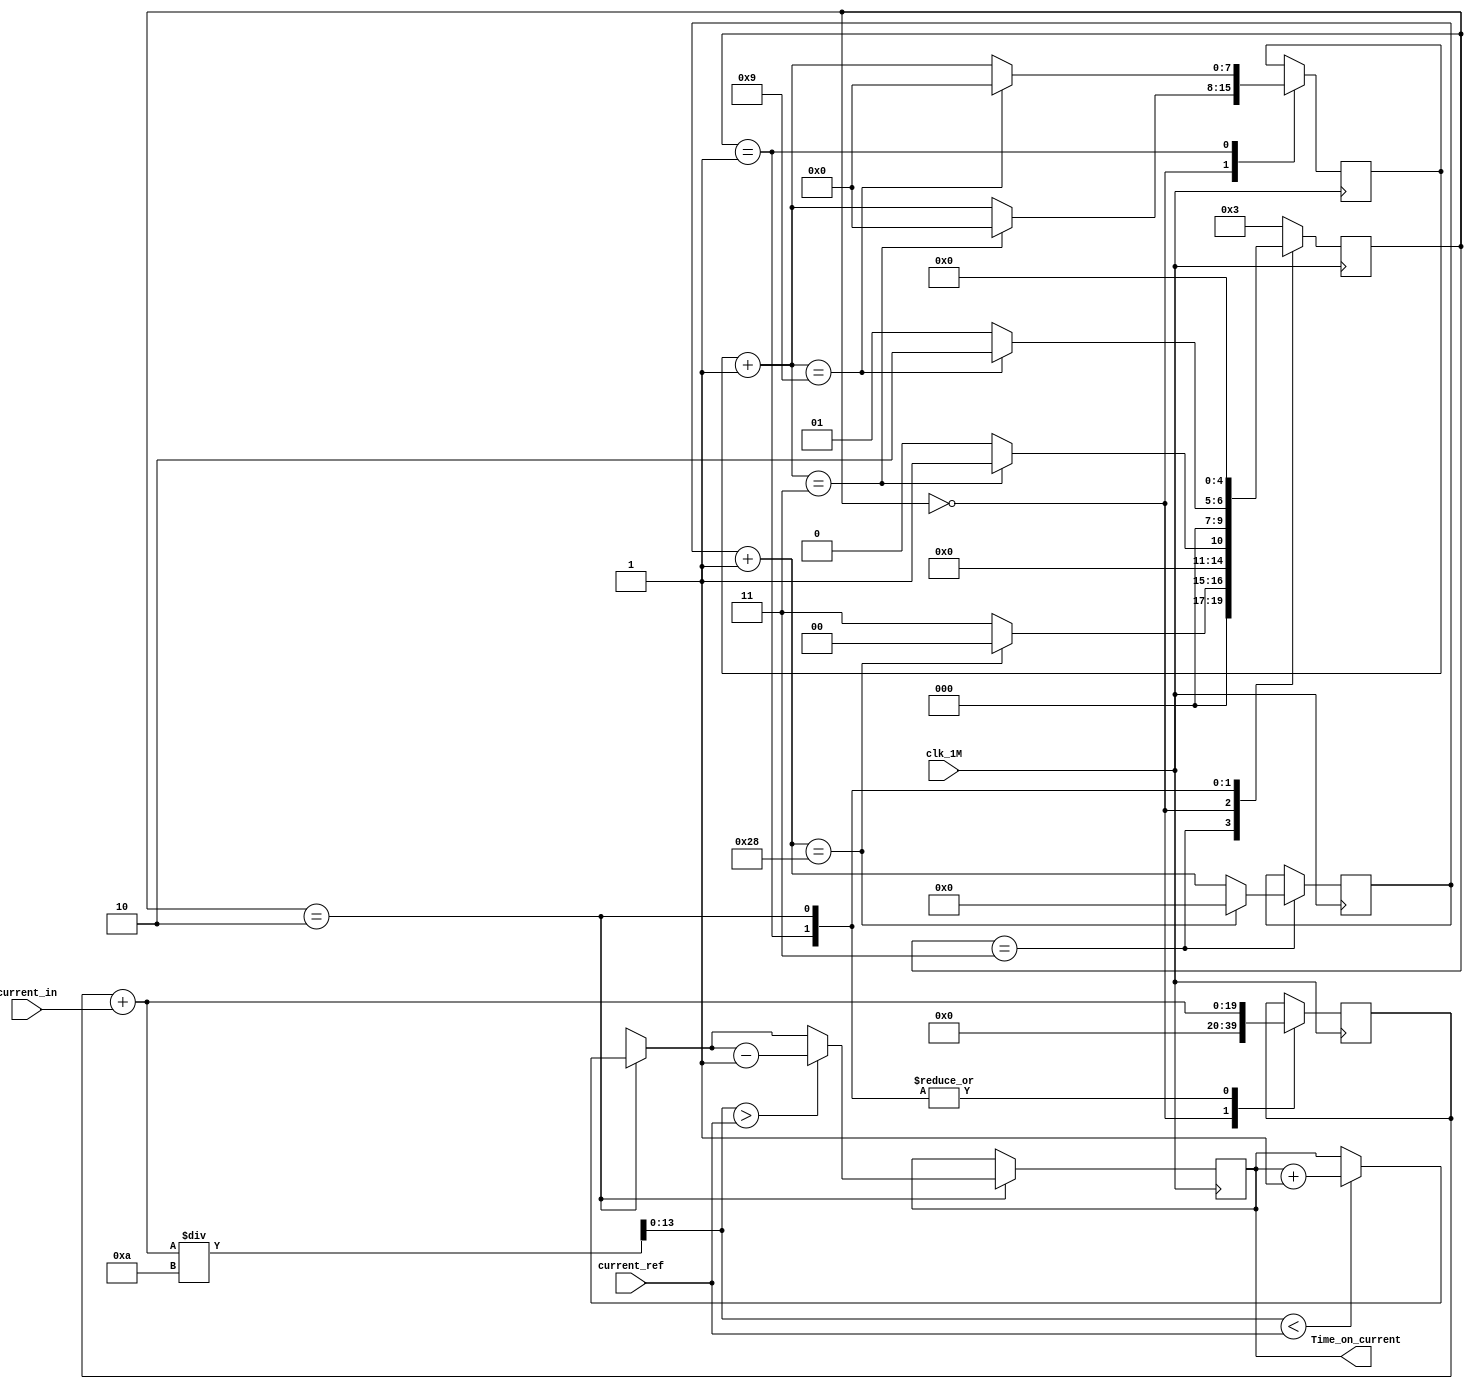
module average_fliter_current(clk_1M,current_in,current_ref,Time_on_current);
//I/O part
input clk_1M;
input [13:0]current_in;
input [13:0]current_ref;
output reg [9:0] Time_on_current=10'd115;
//
reg [4:0] state=5'b11;
reg [7:0] counter=8'b0;
reg [15:0] counter_waiting=16'b0;
//
reg [19:0] current_sum=16'b0;
reg [13:0] current_ave;
//parameter
parameter idle=5'b00;  
parameter record_current_out=5'b01;
parameter deter_change_PWM=5'b10;
parameter waiting=5'b11;  

always @(posedge clk_1M )
	begin
       case(state)
       waiting:                                          // we do not change the PWM until it get closed to the c
       begin
               counter_waiting=counter_waiting+1'b1;
              if(counter_waiting==15'd40)
                begin 
                 counter_waiting=8'b0;    
                state<=idle;
                end
                else 
                state<=waiting;
       end
       idle:                            //initial the data and skip the possible error data
            begin
                current_sum=16'b0;
                counter=counter+1'b1;
                if(counter==8'd3)
                begin 
                 counter=8'b0;    
                state<=record_current_out;
                end
                else 
                state<=idle;
            end
       record_current_out:
       begin
            current_sum=current_sum+current_in;
           counter=counter+1'b1;
                if(counter==8'd9)
                begin 
                 counter=8'b0;    
                state<=deter_change_PWM;
                end
                else 
                state<=record_current_out;
       end     
       deter_change_PWM:
       begin
            current_sum=current_sum+current_in;
            current_ave=current_sum/10;
            if(current_ave<current_ref)
              begin
                  Time_on_current=Time_on_current+1'b1;
              end
            if(current_ave>current_ref)  
              begin
                   Time_on_current=Time_on_current-1'b1;
              end
            if(current_ave==current_ref)  
              begin
                  Time_on_current=Time_on_current;
              end
       state<=idle;
       end
       default:state<=waiting;
       endcase
    end
endmodule